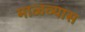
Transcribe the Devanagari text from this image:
माळव्यास